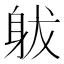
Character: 𨈩